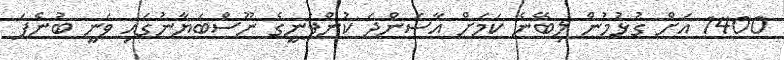
1400 އަށް ގުޅުމުން ލިބޭނެ ކަމަށް އާސަންދަ ކުންފުނީގެ ނޫސްބަޔާނުގައި ވަނީ ބުނެފަ